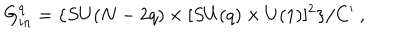
G _ { i n } ^ { q } = \{ S U ( N - 2 q ) \times [ S U ( q ) \times U ( 1 ) ] ^ { 2 } \} / C ^ { \prime } \ ,